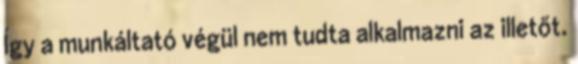
Így a munkáltató végül nem tudta alkalmazni az illetőt.